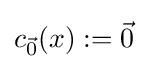
c_{\vec {0}}(x):={\vec {0}}